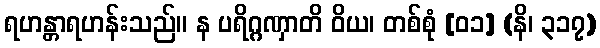
ရဟန္တာရဟန်းသည်။ န ပရိဂ္ဂဏှာတိ ဝိယ၊ တစ်စုံ [၀၁] (နိ၊ ၃၁၇)